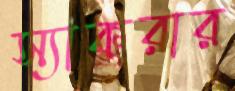
স্যাকরার